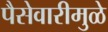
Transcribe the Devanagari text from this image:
पैसेवारीमुळे